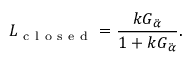
L _ { \mathrm { ~ c ~ l ~ o ~ s ~ e ~ d ~ } } = \frac { k G _ { \ddot { \alpha } } } { 1 + k G _ { \ddot { \alpha } } } .